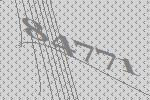
84771